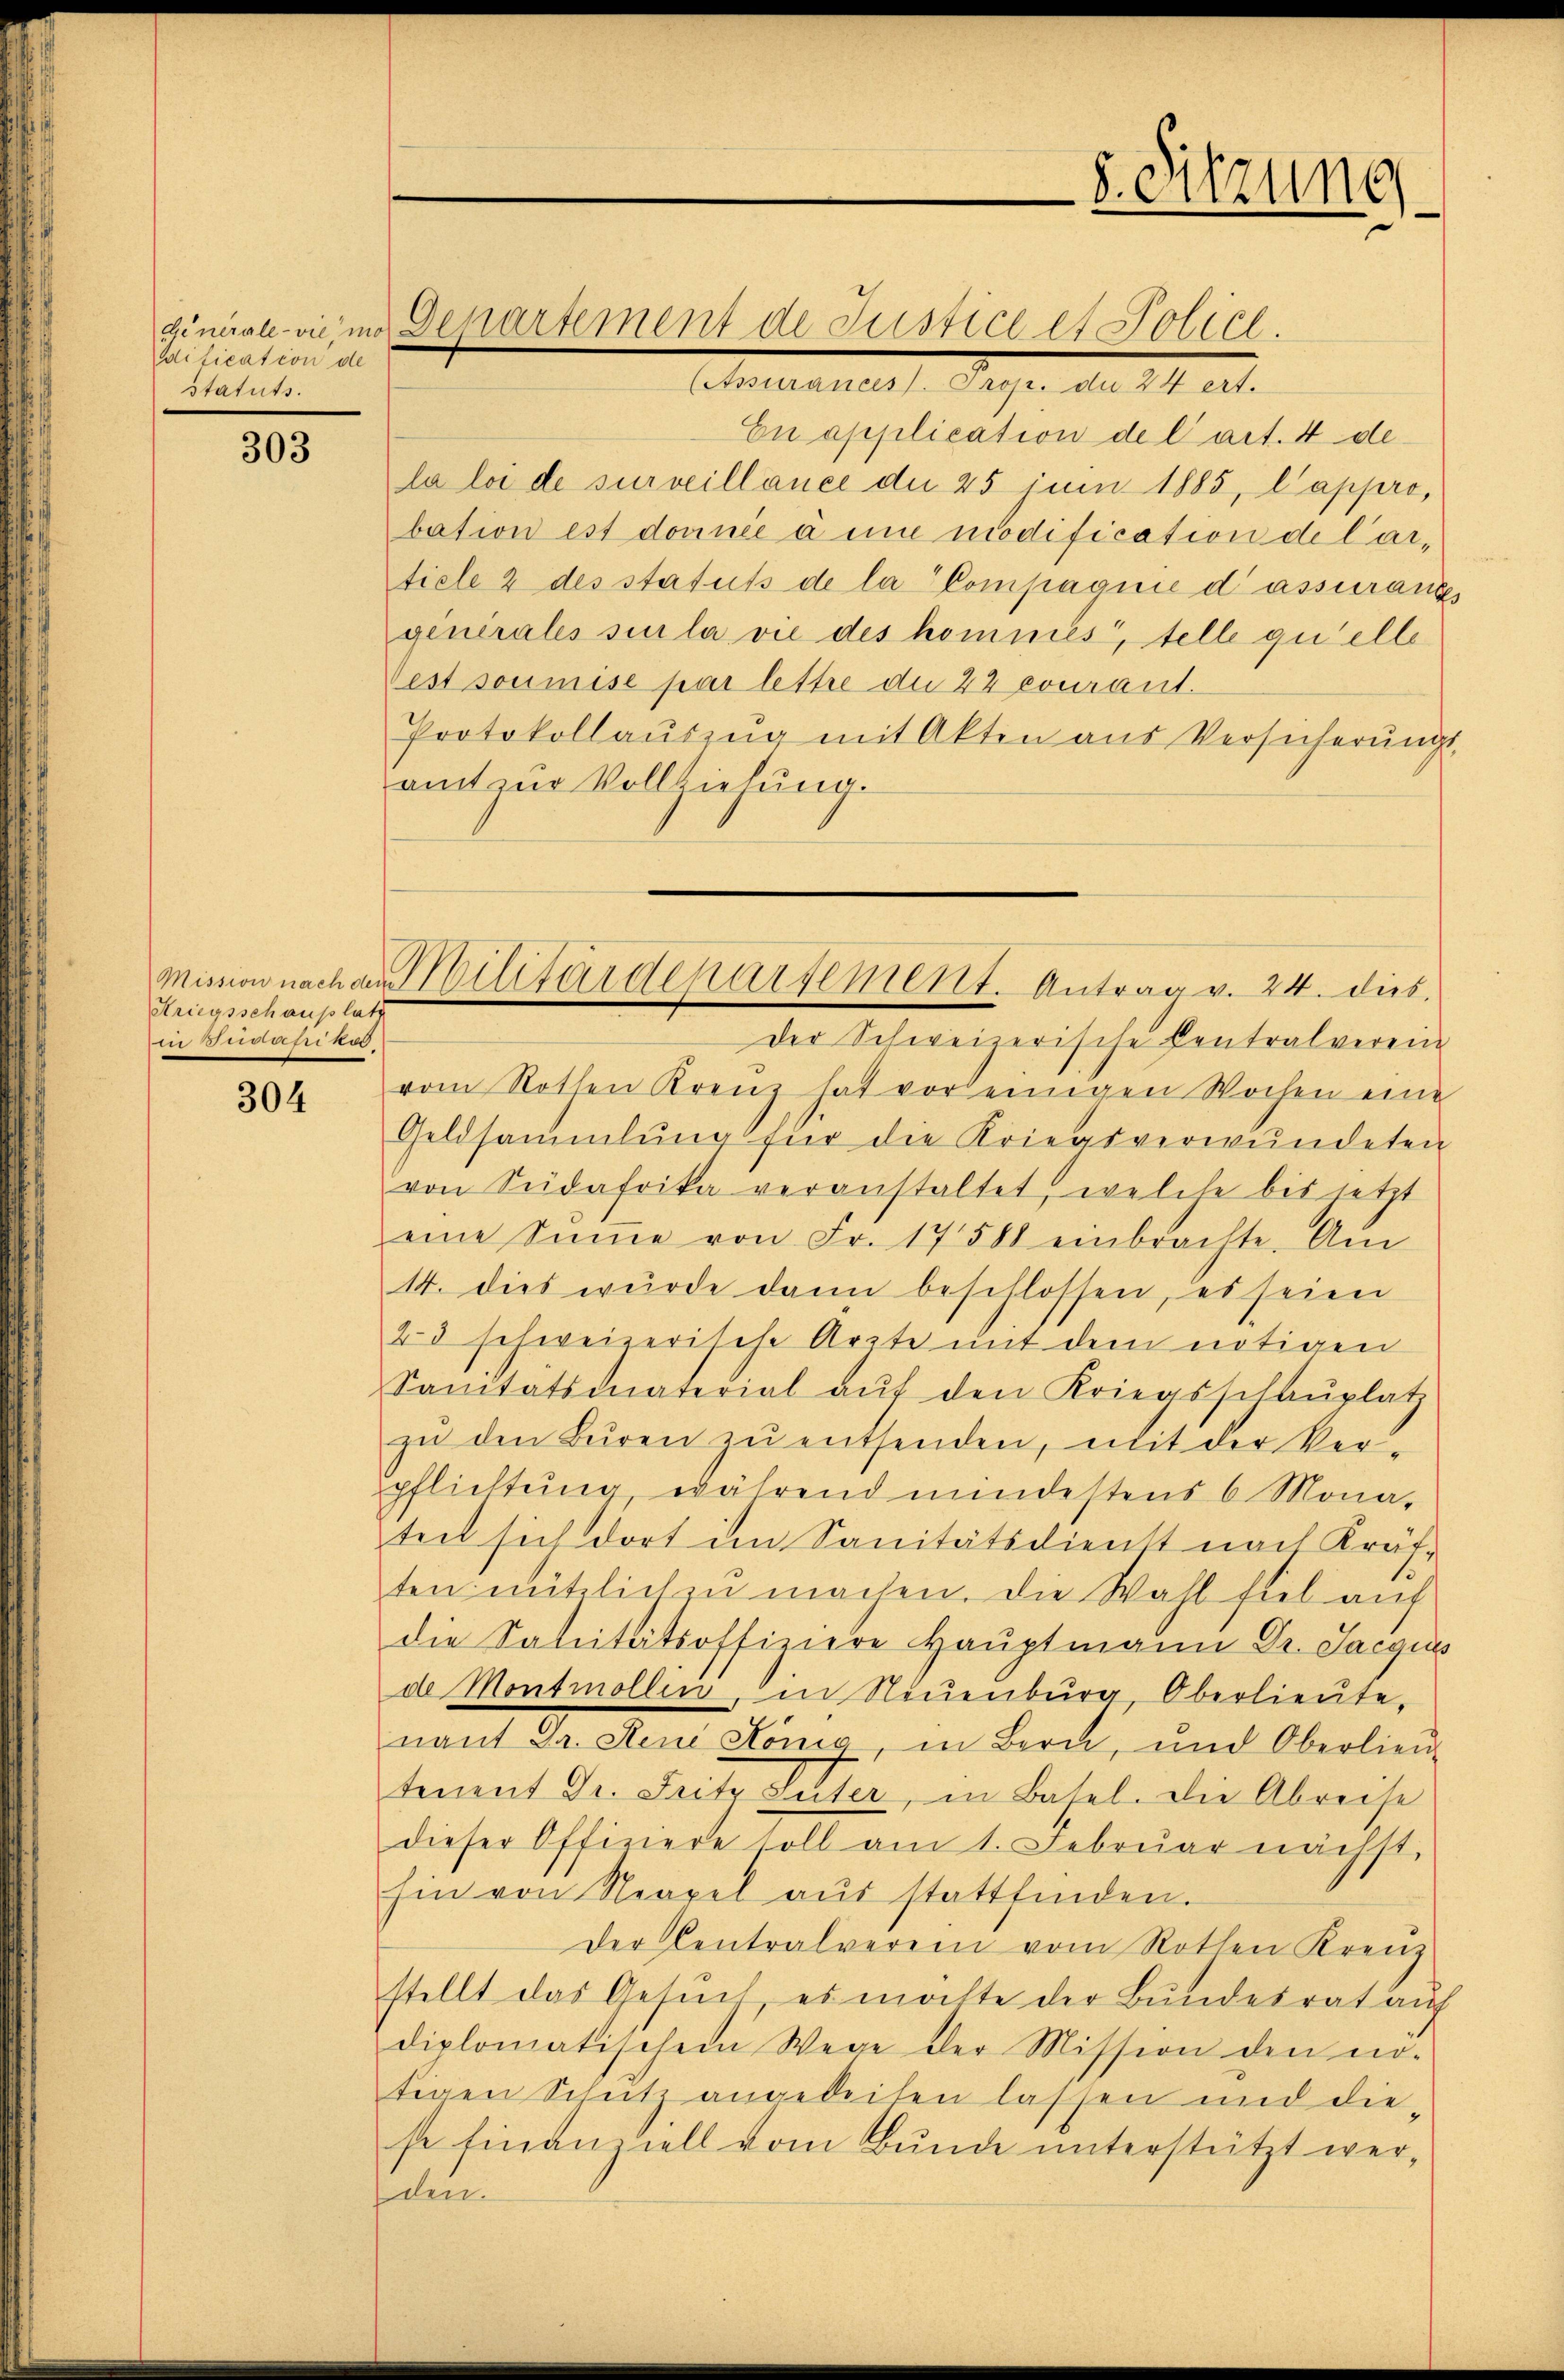
Wification de
statuts.

303

Kriegsschauplatz
in Strafrika.

304

ginärte vie ins Departement de Justice et Police.

(Assurances. Prop. die 24 ert.
En application de l’art. 4 de
la loi de surveillance de 25 juni 1885, Cappro,
bation est donnée à une modification de Cartiele 2 des statuts de la Compagnie d assuranzs
generales si la vie des kommes, telle quelle
Vest soumise par lettre die 22 courant.
Protokollaŭszŭg mit Akten aus Versicherŭngs-
amt zur Vollziehung.

Mission nach antilitärdepursement. Antrag v. 24. dies

8. Sitzung

der Schweizerische Centralverein
vom Rothen Krenz hat vor einigen Wochen eine
Geldsammlung für die Kriegsverwundeten
von Südafrika veranstaltet, welche bis jetzt
eine Sŭṁe von Fr. 17588 einbrachte. Am
14. dies wurde dann beschlossen, es seien
23 schweizerische Arzte mit dem nötigen
Sanitätsmaterial aŭf den Kriegsschaŭplatz
zŭ den Bŭren zŭ entsenden, mit der Ver-
pflichtung während mindestens 6 Mona-
teit sich dort im Sanitätsdienst nach Kräften nützlich zŭ machen. Die Wahl fiel auf
die Sanitätsoffiziere Hauptmann Dr. Jacquis
de Montmollen, in Neuenburg, Oberlieute.
nant Dr. Leni König, in Bern, und Oberlieŭ-
tenent Dr. Fritz Suter, in Basel. Die Abreise
dieser Offiziere soll am 1. Febrŭar nächst,
hin von Neapel aŭs stattfinden.
Der Centralverein vom Rothen Kreuz
stellt das Gesŭch, es möchte der Bundesrat auf
diplomatischem Wege der Mission den nö-
tigen Schutz angeleiten lassen und diese finanziell vom Bunde unterstützt werden.